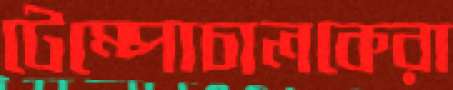
টেম্পোচালকেরা